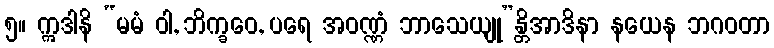
၅။ ဣဒါနိ “မမံ ဝါ, ဘိက္ခဝေ, ပရေ အဝဏ္ဏံ ဘာသေယျု”န္တိအာဒိနာ နယေန ဘဂဝတာ